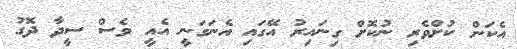
އެކަން ކުށްވެރި ނުކޮށް ގިނައިރު އޭގައި އެނަގަނީ އެއީ ވެސް ސީދާ ދޮގު